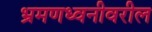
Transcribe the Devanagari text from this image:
भ्रमणध्वनीवरील